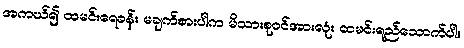
အကယ်၍ ထမင်းရေခန်း မချက်စားပါက မိသားစုဝင်အားလုံး ထမင်းရည်သောက်ပါ။